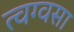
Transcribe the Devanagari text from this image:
त्वग्वसा